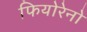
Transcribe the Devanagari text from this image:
फियोरेनो